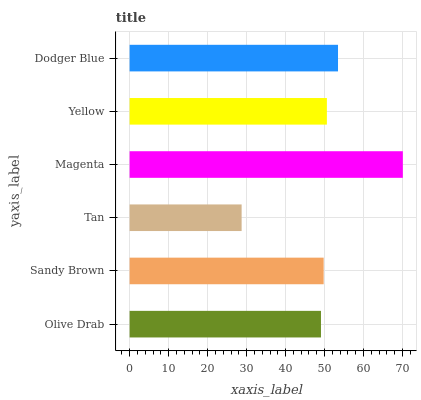
| yaxis_label | bars |
 | --- | --- |
 | Olive Drab | 49.1 |
 | Sandy Brown | 49.8 |
 | Tan | 28.7 |
 | Magenta | 70.1 |
 | Yellow | 50.6 |
 | Dodger Blue | 53.4 |